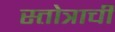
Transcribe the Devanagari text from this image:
स्तोत्राची